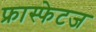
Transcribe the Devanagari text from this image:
फ्रास्फेटज